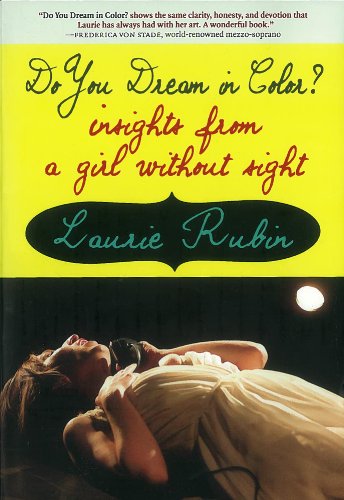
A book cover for Do You Dream in Color?: Insights from a Girl Without Sight; Laurie Rubin; Teen & Young Adult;